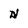
Character: n